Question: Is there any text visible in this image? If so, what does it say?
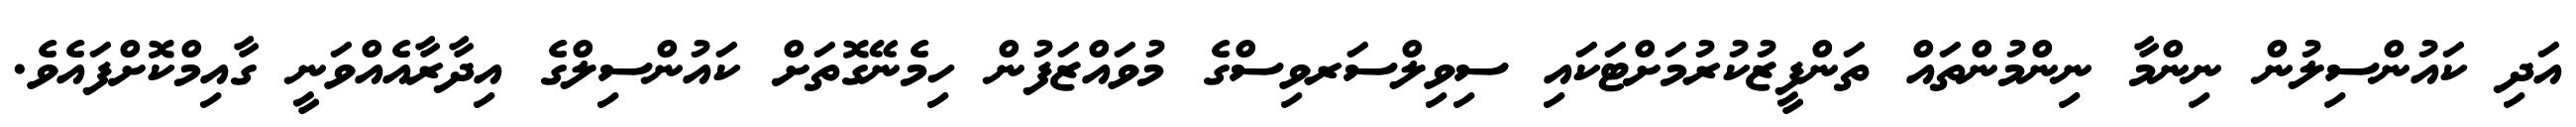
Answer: އަދި ކައުންސިލުން ނިންމާ ނިންމުންތައް ތަންފީޒުކުރުމަށްޓަކައި ސިވިލްސަރވިސްގެ މުވައްޒަފުން ހިމެނޭގޮތަށް ކައުންސިލްގެ އިދާރާއެއްވަނީ ގާއިމްކޮށްފައެވެ.